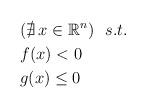
LaTeX: \begin{align*} &(\nexists\, x \in \mathbb{R}^n)\ \ s.t.\\ &f(x) < 0 \\ &g(x) \le 0 \end{align*}